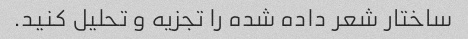
ساختار شعر داده شده را تجزیه و تحلیل کنید.